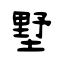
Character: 墅